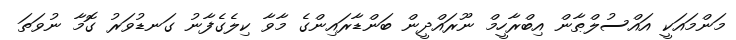
މަންމައަކީ އައްސުލްޠާން އިބްރާހީމް ނޫރައްދީން ބަންޑާރައިންގެ މާވާ ކިލެގެފާނު ގަނޑުވަރު ގޮމާ ނުވަތަ